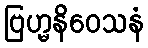
ဗြဟ္မနိဝေသနံ